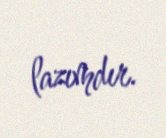
lazımdır.